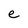
Character: e